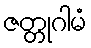
ဇတ္တုဂါမံ